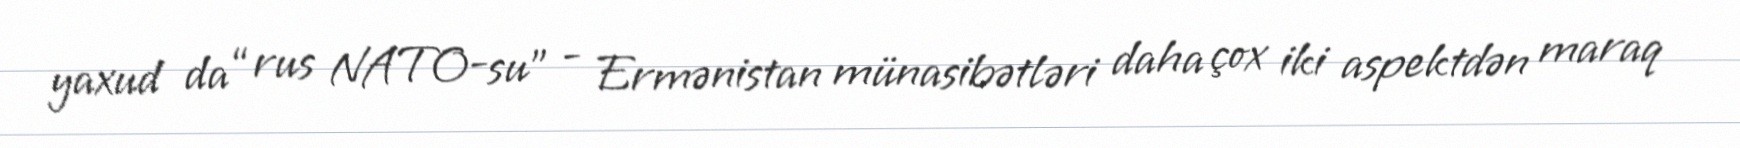
yaxud da “rus NATO-su” - Ermənistan münasibətləri daha çox iki aspektdən maraq